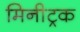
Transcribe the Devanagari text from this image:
मिनीट्रक